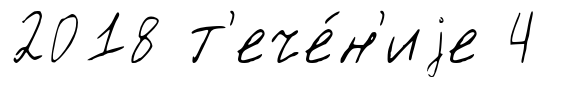
2018 т'ече́н'иjе 4